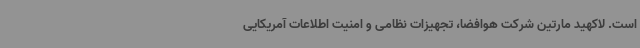
است. لاکهید مارتین شرکت هوافضا، تجهیزات نظامی و امنیت اطلاعات آمریکایی